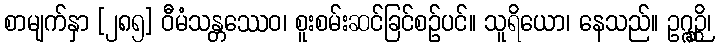
စာမျက်နှာ [၂၈၅] ဝီမံသန္တဿေဝ၊ စူးစမ်းဆင်ခြင်စဉ်ပင်။ သူရိယော၊ နေသည်။ ဥဂ္ဂဉ္ဆိ၊